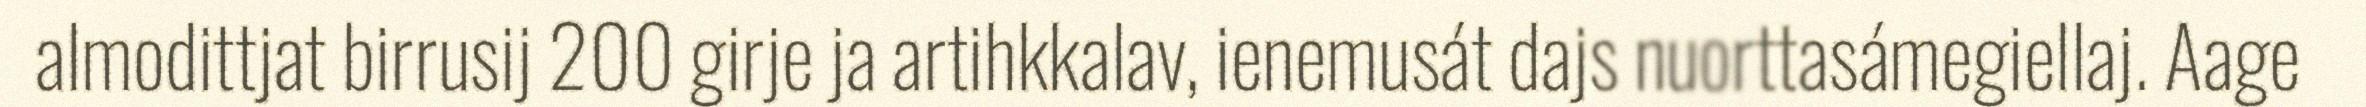
almodittjat birrusij 200 girje ja artihkkalav, ienemusát dajs nuorttasámegiellaj. Aage